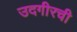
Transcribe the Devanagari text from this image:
उदगीरची